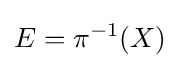
E=\pi ^{-1}(X)